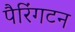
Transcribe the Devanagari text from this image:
पैरिंगटन